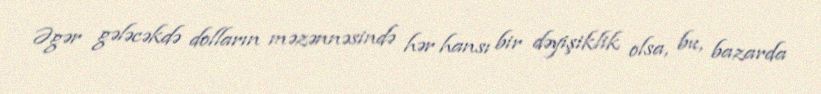
Əgər gələcəkdə dolların məzənnəsində hər hansı bir dəyişiklik olsa, bu, bazarda